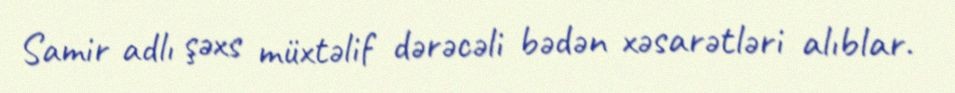
Samir adlı şəxs müxtəlif dərəcəli bədən xəsarətləri alıblar.